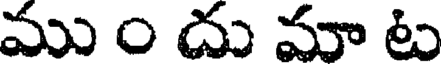
ము ం దు మా ట